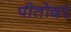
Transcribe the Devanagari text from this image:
पीतोदर